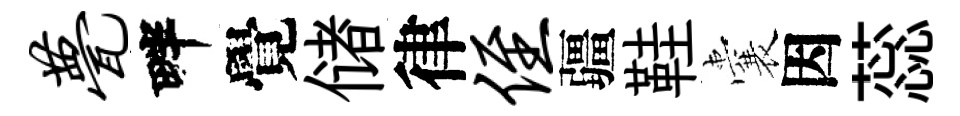
甍畔覺储律侄疆鞋囊因蕊